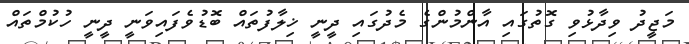
މަޖީދު ވިދާޅުވި ގޮތުގައި އާންމުންގެ މެދުގައި ދީނީ ޚިލާފުތައް ބޮޑުވެފައިވަނީ ދީނީ ހުކުމްތައް